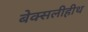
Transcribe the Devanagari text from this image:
बेक्सलीहीथ